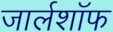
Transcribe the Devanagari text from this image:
जार्लशॉफ